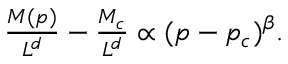
\begin{array} { r } { \frac { M ( p ) } { L ^ { d } } - \frac { M _ { c } } { L ^ { d } } \propto ( p - p _ { c } ) ^ { \beta } . } \end{array}